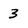
Character: 3